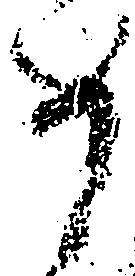
如